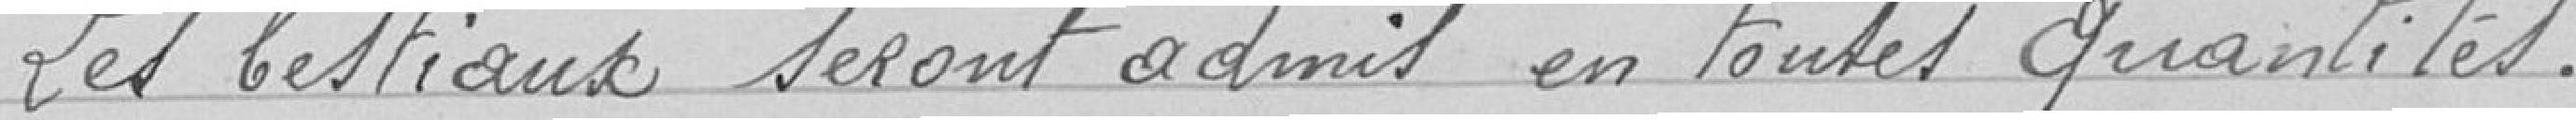
Les bestiaux seront admis en toutes quantités.